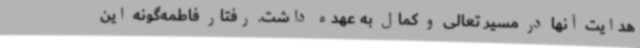
هدایت آنها در مسیر تعالی و کمال به عهده داشت. رفتار فاطمه‌گونه این